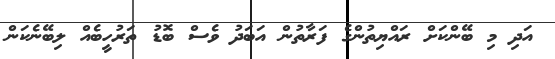
އަދި މި ބޭންކަށް ރައްޔިތުންގެ ފަރާތުން އަބަދު ވެސް ބޮޑު ތަރުހީބެއް ލިބޭނެކަން